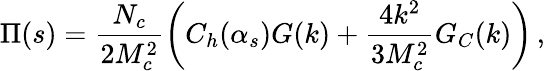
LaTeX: \Pi(s)=\frac{N_{c}}{2M_{c}^{2}}\left(C_{h}(\alpha_{s})G(k)+\frac{4k^{2}}{3M_{c}^{2}}G_{C}(k)\right)\, ,